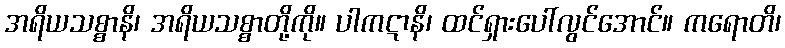
အရိယသစ္စာနိ၊ အရိယသစ္စာတို့ကို။ ပါကဋာနိ၊ ထင်ရှားပေါ်လွင်အောင်။ ကရောတိ၊